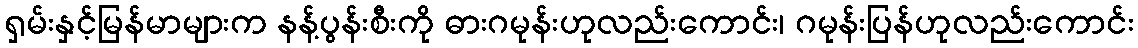
ရှမ်းနှင့်မြန်မာများက နန့်ပွန်းစီးကို ဓားဂမုန်းဟုလည်းကောင်း၊ ဂမုန်းပြန်ဟုလည်းကောင်း